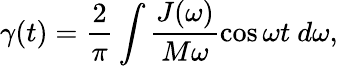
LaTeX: \gamma(t)=\frac{2}{\pi}\int\frac{J(\omega)}{M\omega}\cos\omega t~d\omega,